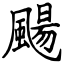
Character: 颺